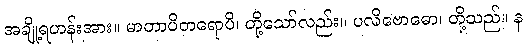
အချို့ရဟန်းအား။ မာတာပိတရောပိ၊ တို့သော်လည်း။ ပလိဗောဓော၊ တို့သည်။ န